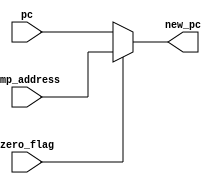
module JMPZ (
    input wire [19:0] pc, // Program counter (instructions)
    input wire zero_flag, // Zero flag (1 if zero, 0 otherwise)
    input wire [19:0] jmp_address,  // address receieved from GPR
    output reg [19:0] new_pc  // new Program counter (instructions)
);

always @(*) begin
    if (zero_flag) begin
        new_pc = jmp_address; // Perform the jump if zero flag is set
    end else begin
        new_pc = pc;// if zero flag != 1, continue with program
    end
end

endmodule